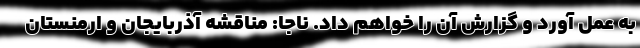
به عمل آورد و گزارش آن را خواهم داد. ناجا: مناقشه آذربایجان و ارمنستان